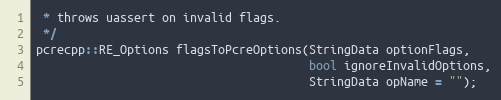
Language: C
 * throws uassert on invalid flags.
 */
pcrecpp::RE_Options flagsToPcreOptions(StringData optionFlags,
                                       bool ignoreInvalidOptions,
                                       StringData opName = "");